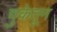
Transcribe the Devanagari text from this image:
चुकेतून